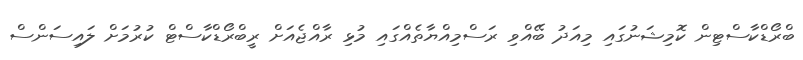
ބްރޯޑްކާސްޓިން ކޮމިޝަނުގައި މިއަދު ބޭއްވި ރަސްމިއްޔާތެއްގައި މުޅި ރާއްޖެއަށް ރީބްރޯޑްކާސްޓް ކުރުމަށް ލައިސަންސް